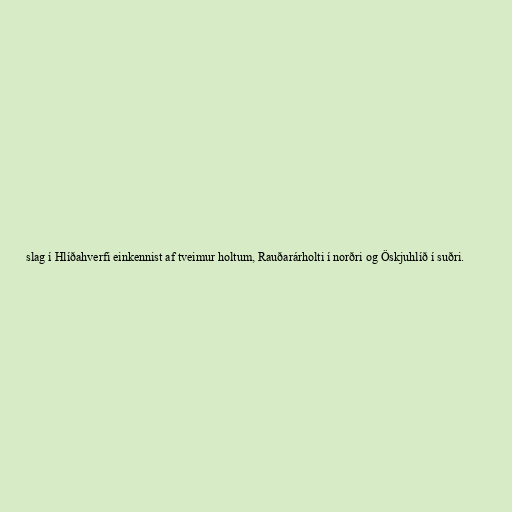
slag í Hlíðahverfi einkennist af tveimur holtum, Rauðarárholti í norðri og Öskjuhlíð í suðri.